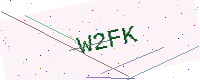
Text: W2FK